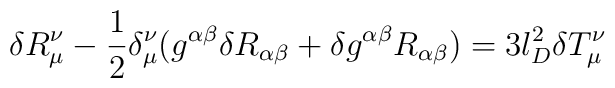
\delta R_{\mu}^{\nu}- \frac{1}{2}\delta_{\mu}^{\nu}( g^{\alpha\beta}\delta R_{\alpha\beta}+ \delta g^{\alpha\beta} R_{\alpha\beta})=3 l_{D}^2 \delta T_{\mu}^{\nu}